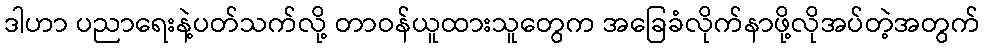
ဒါဟာ ပညာရေးနဲ့ပတ်သက်လို့ တာဝန်ယူထားသူတွေက အခြေခံလိုက်နာဖို့လိုအပ်တဲ့အတွက်